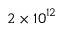
2 \times { 1 0 } ^ { 1 2 }